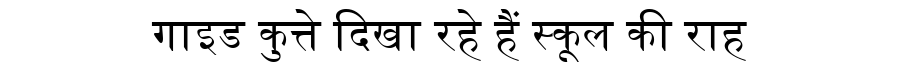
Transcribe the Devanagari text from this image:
गाइड कुत्ते दिखा रहे हैं स्कूल की राह